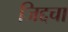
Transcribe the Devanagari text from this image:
जिद्दचा